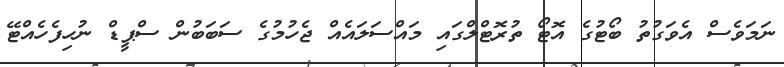
ނަމަވެސް އެވަގުތު ބޯޓުގެ އޮޓޯ ތުރޮޓްލްގައި މައްސަލައެއް ޖެހުމުގެ ސަބަބުން ސްޕީޑް ނުހިފެހެއްޓޭ